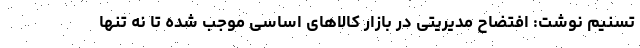
تسنیم نوشت: افتضاح مدیریتی در بازار کالاهای اساسی موجب شده تا نه تنها